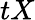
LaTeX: tX